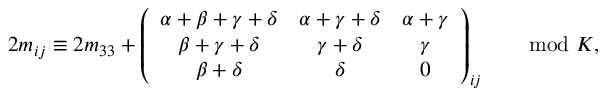
2 m _ { i j } \equiv 2 m _ { 3 3 } + \left( \begin{array} { c c c } { { \alpha + \beta + \gamma + \delta } } & { { \alpha + \gamma + \delta } } & { { \alpha + \gamma } } \\ { { \beta + \gamma + \delta } } & { { \gamma + \delta } } & { { \gamma } } \\ { { \beta + \delta } } & { { \delta } } & { { 0 } } \end{array} \right) _ { i j } \qquad \mathrm { m o d } \ K ,